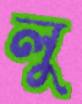
লু